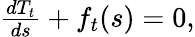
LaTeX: \begin{array}{r}{\frac{dT_{t}}{ds}+f_{t}(s)=0,}\end{array}